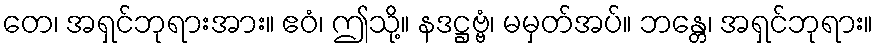
တေ၊ အရှင်ဘုရားအား။ ဧဝံ၊ ဤသို့။ နဒဋ္ဌဗ္ဗံ၊ မမှတ်အပ်။ ဘန္တေ၊ အရှင်ဘုရား။